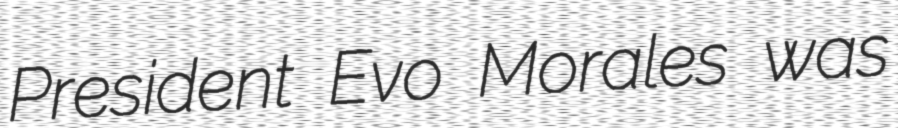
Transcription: President Evo Morales was